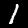
Label: 1